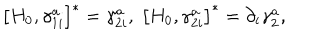
\left[ H _ { 0 } , \gamma _ { 1 i } ^ { a } \right] ^ { * } = \gamma _ { 2 i } ^ { a } , \; \left[ H _ { 0 } , \gamma _ { 2 i } ^ { a } \right] ^ { * } = \partial _ { i } \gamma _ { 2 } ^ { a } ,